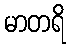
မာတရိ